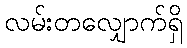
လမ်းတလျှောက်ရှိ